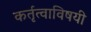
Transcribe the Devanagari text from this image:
कर्तृत्वाविषयी